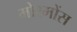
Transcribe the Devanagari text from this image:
मोरमोंस